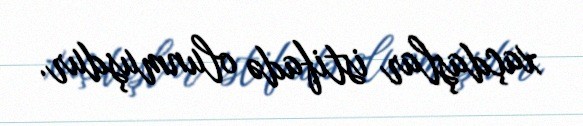
xaçdaşlar istifadə olunmuşdur.